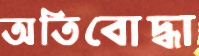
অতিবোদ্ধা